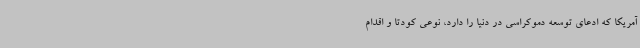
آمریکا که ادعای توسعه دموکراسی در دنیا را دارد، نوعی کودتا و اقدام